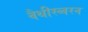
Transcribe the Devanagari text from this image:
वैथीस्व्वरन